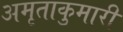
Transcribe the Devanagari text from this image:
अमृताकुमारी